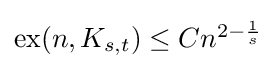
{\textstyle \operatorname {ex} (n,K_{s,t})\leq Cn^{2-{\frac {1}{s}}}}